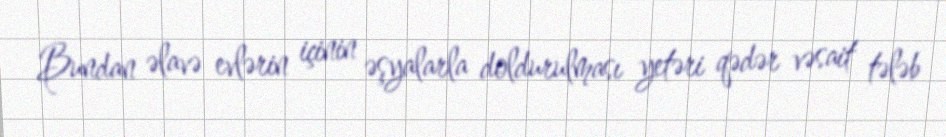
Bundan əlavə evlərin içinin əşyalarla doldurulması yetəri qədər vəsait tələb